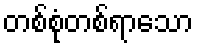
တစ်စုံတစ်ရာသော